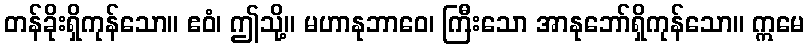
တန်ခိုးရှိကုန်သော။ ဧဝံ၊ ဤသို့။ မဟာနုဘာဝေ၊ ကြီးသော အာနုဘော်ရှိကုန်သော။ ဣမေ